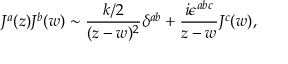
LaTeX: J ^ { a } ( z ) J ^ { b } ( w ) \sim \frac { k / 2 } { ( z - w ) ^ { 2 } } \delta ^ { a b } + \frac { i \epsilon ^ { a b c } } { z - w } J ^ { c } ( w ) ,